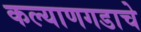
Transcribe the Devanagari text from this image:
कल्याणगडाचे